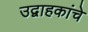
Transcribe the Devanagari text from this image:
उद्वाहकांचे